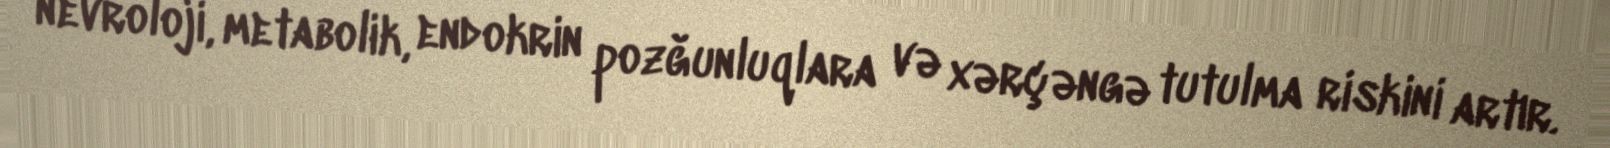
nevroloji, metabolik, endokrin pozğunluqlara və xərçəngə tutulma riskini artır.